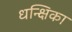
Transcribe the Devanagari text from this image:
धन्क्षिका